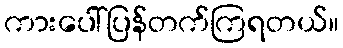
ကားပေါ်ပြန်တက်ကြရတယ်။